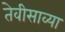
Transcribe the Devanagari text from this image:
तेवीसाव्‍या